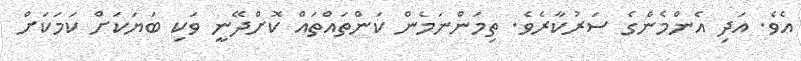
އެވެ. އަދި އެންމެންގެ ސަރުކާރެވެ. ތިމަންނަމެން ކަންތައްތައް ކޮށްދޭނީ ވަކި ބަޔަކަށް ކަމަކަށް